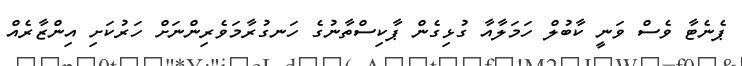
ޕެނެޓާ ވެސް ވަނީ ކާބުލް ހަމަލާއާ ގުޅިގެން ޕާކިސްތާނުގެ ހަނގުރާމަވެރިންނަށް ހަރުކަށި އިންޒާރެއް